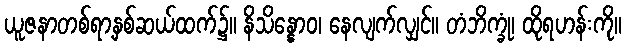
ယူဇနာတစ်ရာ့နှစ်ဆယ်ထက်၌။ နိသိန္နောဝ၊ နေလျက်လျှင်။ တံဘိက္ခုံ၊ ထိုရဟန်းကို။